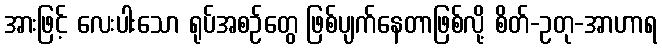
အားဖြင့် လေးပါးသော ရုပ်အစဉ်တွေ ဖြစ်ပျက်နေတာဖြစ်လို့ စိတ်-ဥတု-အာဟာရ